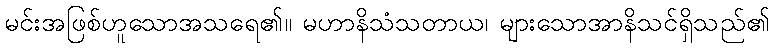
မင်းအဖြစ်ဟူသောအသရေ၏။ မဟာနိသံသတာယ၊ များသောအာနိသင်ရှိသည်၏